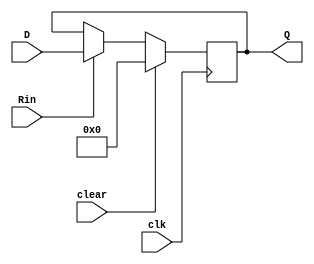
module Register64 (clear, clk, Rin, D, Q);

   input clear;
   input clk;
   input Rin;
   input [63:0] D;
   output [63:0] Q;
   reg [63:0] 	 register;

   always @(posedge clk)
     begin
	if (clear == 1)
	  register <= 0;
	else if (Rin == 1)
	  register <= D;
     end
   
   assign Q = register;
   
endmodule